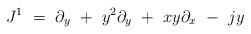
LaTeX: \begin{align*}J^1\ =\ \partial_y \ + \ y^2\partial_y\ + \ xy\partial_x\ - \ jy\end{align*}